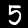
Digit: 5